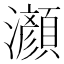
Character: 𤄰